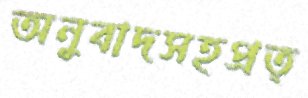
অনুবাদসহপ্রত্